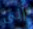
إلى